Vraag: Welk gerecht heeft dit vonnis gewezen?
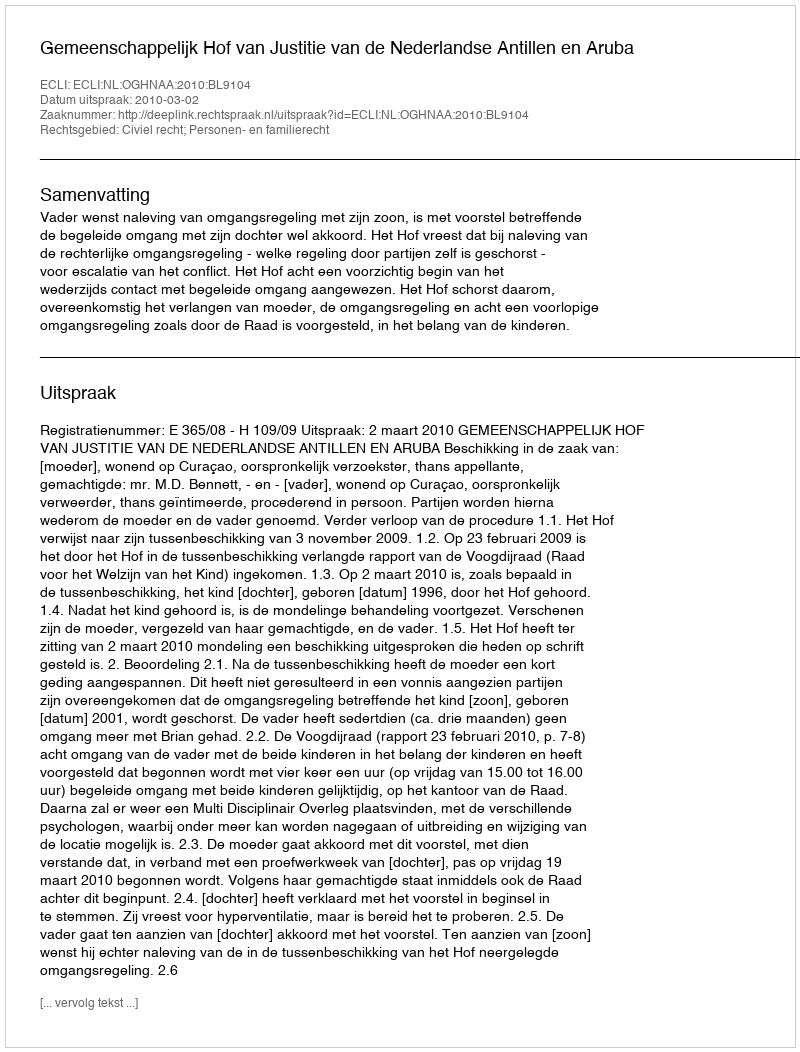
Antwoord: Gemeenschappelijk Hof van Justitie van de Nederlandse Antillen en Aruba